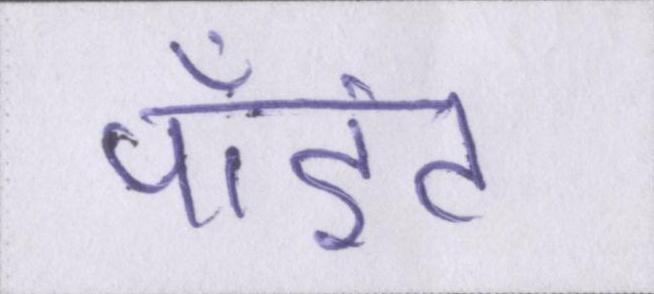
पॉइंट